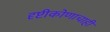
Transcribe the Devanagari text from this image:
दृष्टीकोणाचाही